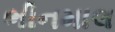
ભીનમાલ